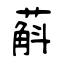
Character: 蔛